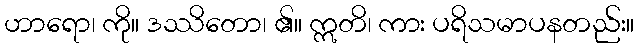
ဟာရော၊ ကို။ ဒဿိတော၊ ၏။ ဣတိ၊ ကား ပရိသမာပနတည်း။